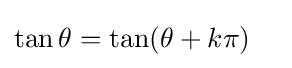
\tan \theta =\tan(\theta +k\pi )\quad